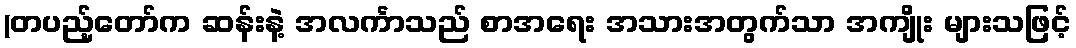
(တပည့်တော်က ဆန်းနဲ့ အလင်္ကာသည် စာအရေး အသားအတွက်သာ အကျိုး များသဖြင့်